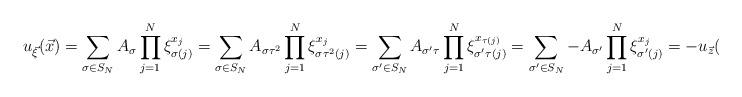
LaTeX: \begin{align*}u_{\vec{\xi}}(\vec{x}) = \sum_{\sigma \in S_N} A_{\sigma} \prod_{j=1}^{N} \xi_{\sigma (j)}^{x_j} = \sum_{\sigma \in S_N} A_{\sigma \tau^2} \prod_{j=1}^{N} \xi_{\sigma \tau^2(j)}^{x_j} =\sum_{\sigma' \in S_N} A_{\sigma' \tau } \prod_{j=1}^{N} \xi_{\sigma' \tau(j)}^{x_{\tau(j)}} = \sum_{\sigma' \in S_N} - A_{\sigma'} \prod_{j=1}^{N} \xi_{\sigma'(j)}^{x_j} = - u_{\vec{z}}(\vec{x}).\end{align*}